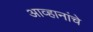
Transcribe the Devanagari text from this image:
आव्हानांचे